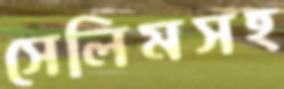
সেলিমসহ